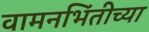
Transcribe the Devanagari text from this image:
वामनभिंतीच्या